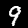
Label: 9